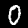
Digit: 0